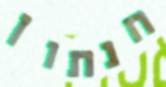
חנתון